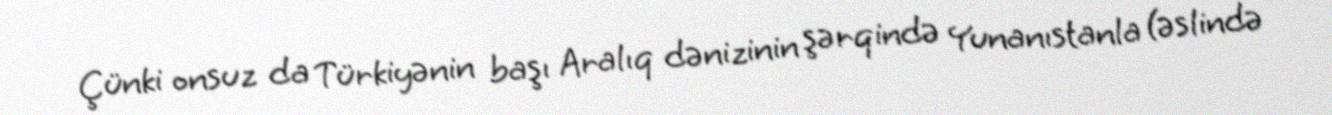
Çünki onsuz da Türkiyənin başı Aralıq dənizinin şərqində Yunanıstanla (əslində